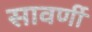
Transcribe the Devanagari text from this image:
सावर्णी